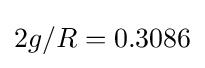
2g/R=0.3086